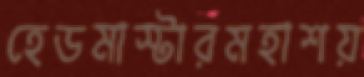
হেডমাস্টারমহাশয়